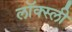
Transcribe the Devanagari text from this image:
लॉक्स्ली